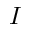
I